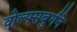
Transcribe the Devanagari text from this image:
वोल्फ्सबुर्गने